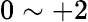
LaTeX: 0\sim+2